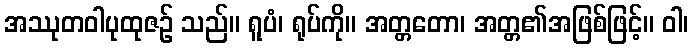
အဿုတဝါပုထုဇဉ် သည်။ ရူပံ၊ ရုပ်ကို။ အတ္တတော၊ အတ္တ၏အဖြစ်ဖြင့်။ ဝါ၊